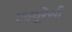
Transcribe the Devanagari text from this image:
एक्‍यूरेसी